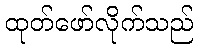
ထုတ်ဖော်လိုက်သည်